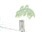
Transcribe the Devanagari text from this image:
मीडियस